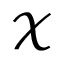
\mathcal { X }